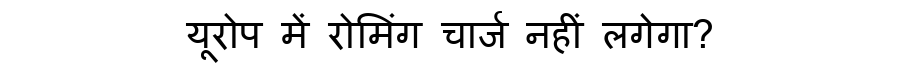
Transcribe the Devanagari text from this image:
यूरोप में रोमिंग चार्ज नहीं लगेगा?